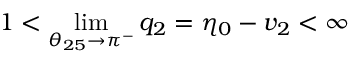
\displaystyle { 1 < \operatorname* { l i m } _ { \theta _ { 2 5 } \to \pi ^ { - } } q _ { 2 } = \eta _ { 0 } - v _ { 2 } < \infty }